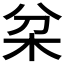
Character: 𣏰